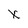
Character: x